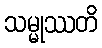
သမ္မုဿတိ